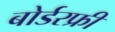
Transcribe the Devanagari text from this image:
बोर्डरफ्री